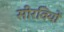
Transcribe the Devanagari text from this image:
सीरवियों